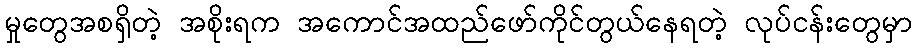
မှုတွေအစရှိတဲ့ အစိုးရက အကောင်အထည်ဖော်ကိုင်တွယ်နေရတဲ့ လုပ်ငန်းတွေမှာ